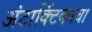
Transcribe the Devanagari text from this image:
अंटार्क्टिकाचा